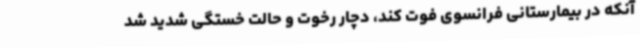
آنکه در بیمارستانی فرانسوی فوت کند، دچار رخوت و حالت خستگی شدید شد